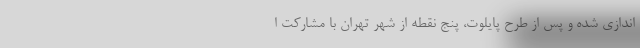
‌اندازی شده و پس از طرح پایلوت، پنج نقطه از شهر تهران با مشارکت ا